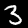
Digit: 3